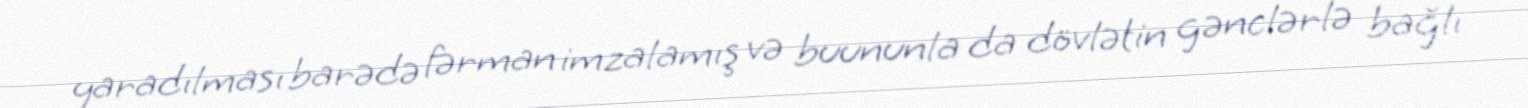
yaradılması barədə fərman imzalamış və buununla da dövlətin gənclərlə bağlı